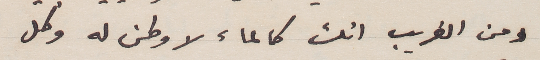
ومن الغريب انك كالماء لا وطن له وكل